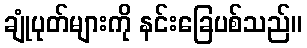
ချုံပုတ်များကို နင်းခြေပစ်သည်။